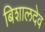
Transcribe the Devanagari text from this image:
बिशालदेव